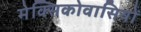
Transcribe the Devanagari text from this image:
मेक्सिकोवासियों